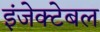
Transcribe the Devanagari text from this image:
इंजेक्टेबल